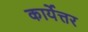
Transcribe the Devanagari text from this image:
कार्येत्तर